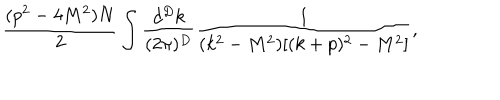
\frac { ( p ^ { 2 } - 4 M ^ { 2 } ) N } 2 \int \frac { d ^ { D } k } { ( 2 \pi ) ^ { D } } \frac { 1 } { ( k ^ { 2 } - M ^ { 2 } ) [ ( k + p ) ^ { 2 } - M ^ { 2 } ] } ,